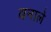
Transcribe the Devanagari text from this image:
बनाले